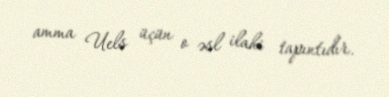
amma Uels üçün o əsl ilahi tapıntıdır.